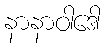
နာနာဝါဒေါ